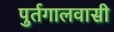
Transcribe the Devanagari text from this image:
पुर्तगालवासी